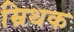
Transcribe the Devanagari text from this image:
म्रिथक